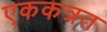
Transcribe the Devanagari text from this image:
एककत्रत